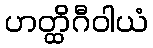
ဟတ္ထိဂီဝါယံ